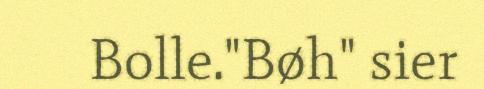
Bolle."Bøh" sier